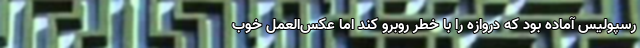
رسپولیس آماده بود که دروازه را با خطر روبرو کند اما عکس‌العمل خوب